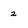
Character: 2